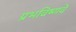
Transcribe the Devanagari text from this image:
प्रभविष्णवे